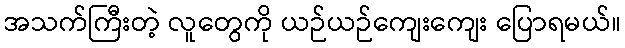
အသက်ကြီးတဲ့ လူတွေကို ယဉ်ယဉ်ကျေးကျေး ပြောရမယ်။